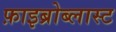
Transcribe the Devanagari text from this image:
फ़ाइब्रोब्लास्ट